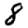
Digit: 8